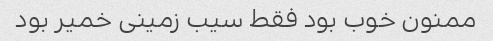
ممنون خوب بود فقط سیب زمینی خمیر بود